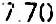
7.70